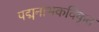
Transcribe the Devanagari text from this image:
पद्मनाभकविकृत